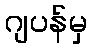
ဂျပန်မှ